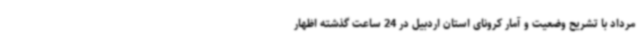
مرداد با تشریح وضعیت و آمار کرونای استان اردبیل در 24 ساعت گذشته اظهار